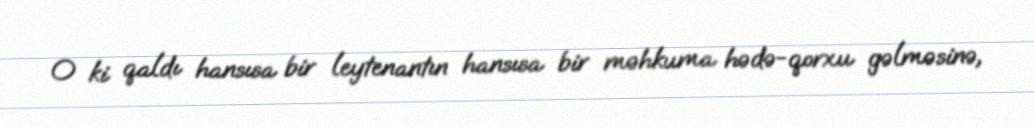
O ki qaldı hansısa bir leytenantın hansısa bir məhkuma hədə-qorxu gəlməsinə,